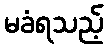
မခံရသည့်